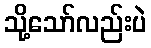
သို့သော်လည်းပဲ